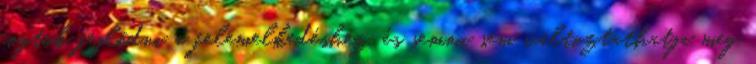
fogtok fejlődni a felemelkedéshez, és semmi sem változtathatja meg